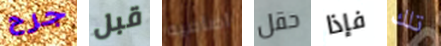
جرح قبل اضافيه حقل فإذا تلك